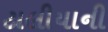
ટાલીયાની